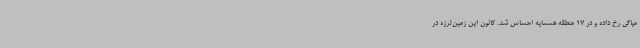
میاگی رخ داده و در 17 منطقه همسایه احساس شد. کانون این زمین‌لرزه در